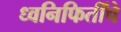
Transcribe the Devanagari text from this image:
ध्वनिफितींचे